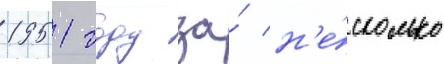
1951 году за́ н'е́сколько